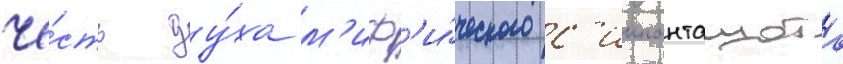
че́сть ду́ха м'иф'и́ческого с'иипанташота